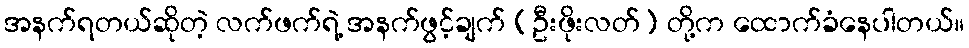
အနက်ရတယ်ဆိုတဲ့ လက်ဖက်ရဲ့ အနက်ဖွင့်ချက် (ဦးဖိုးလတ်) တို့က ထောက်ခံနေပါတယ်။